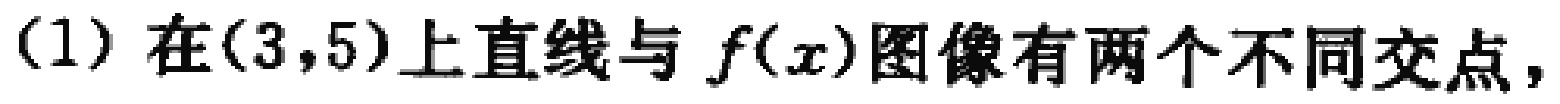
(1) 在$(3,5)$上直线与$f(x)$图像有两个不同交点，